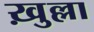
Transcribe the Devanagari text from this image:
ख़ुल्ला